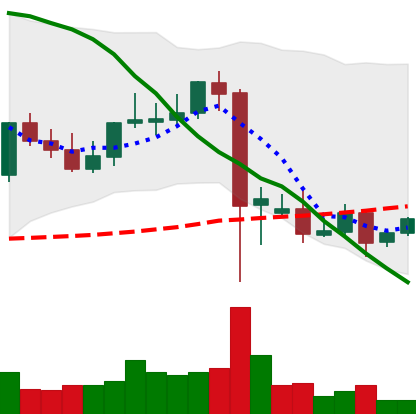
Ticker: DOGE-USD
Chart end date: 2021-09-15
Forward return: -16.402%
Label: down_7plus